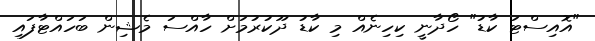
"އޮއިސްޓަ ކާޑު" ހޯދާނީ ކިހިނެއް މި ކާޑު ދޫކުރުމަށް ހާއްސަ މެޝިން ބަހައްޓާފައި